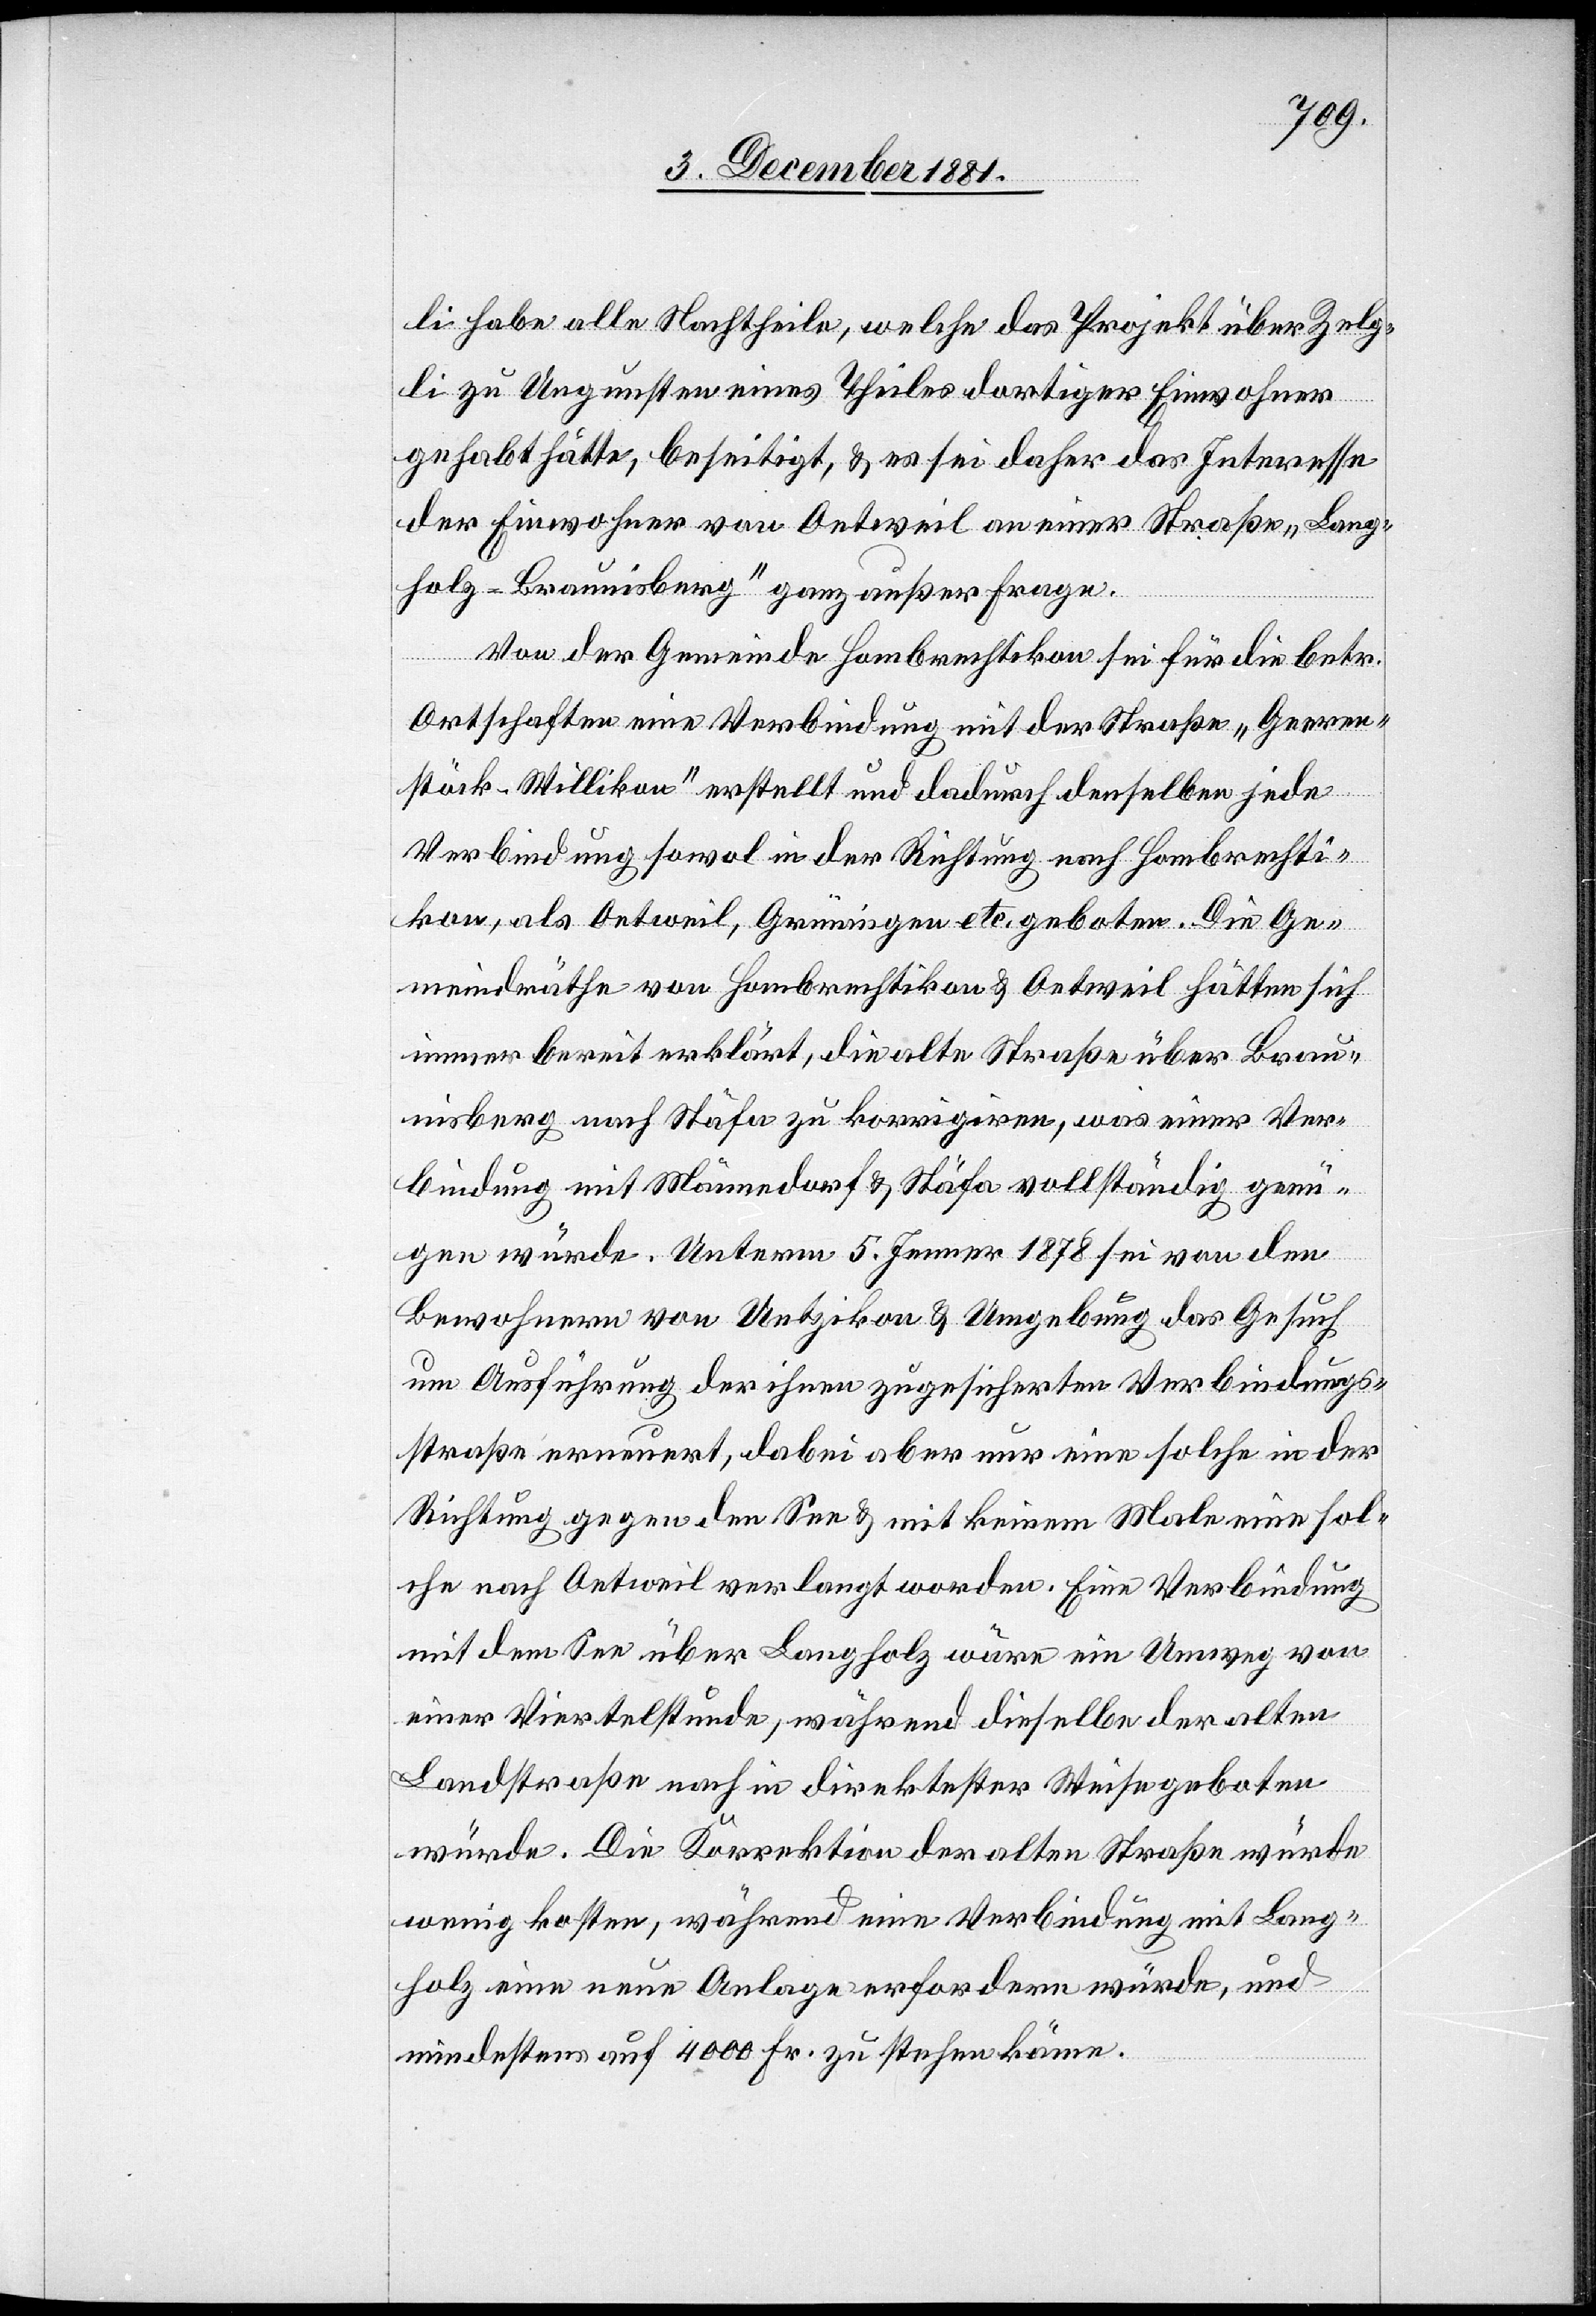
li habe alle Nachtheile, welche das Projekt über Zelg¬
li zu Ungunsten eines Theiles dortiger Einwohner
gehabt hätte, beseitigt, & es sei daher das Interesse
der Einwohner von Oetweil an einer Straße „Lang¬
holz–Braunisberg“ ganz außer Frage.
Von der Gemeinde Hombrechtikon sei für die betr.
Ortschaften eine Verbindung mit der Straße „Geeren¬
stöck–Willikon“ erstellt und dadurch denselben jede
Verbindung sowol in der Richtung nach Hombrechti¬
kon, als Oetweil, Grüningen etc. geboten. Die Ge¬
meindräthe von Hombrechtikon & Oetweil hätten sich
immer bereit erklärt, die alte Straße über Brau¬
nisberg nach Stäfa zu korrigiren, was einer Ver¬
bindung mit Männedorf & Stäfa vollständig genü¬
gen würde. Unterm 5. Januar 1878 sei von den
Bewohnern von Uetzikon & Umgebung das Gesuch
um Ausführung der ihnen zugesicherten Verbindungs¬
straße erneuert, dabei aber nur eine solche in der
Richtung gegen den See & mit keinem Male eine sol¬
che nach Oetweil verlangt worden. Eine Verbindung
mit dem See über Langholz wäre ein Umweg von
einer Viertelstunde, während dieselbe der alten
Landstraße nach in direktester Weise geboten
würde. Die Korrektion der alten Straße würde
wenig kosten, während eine Verbindung mit Lang¬
holz eine neue Anlage erfordern würde, und
mindestens auf 4000 Fr. zu stehen käme.